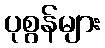
ပုစွန်များ